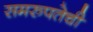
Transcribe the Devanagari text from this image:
समरुपतेची